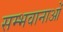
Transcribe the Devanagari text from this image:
सम्भवानाओं